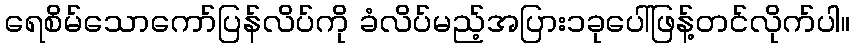
ရေစိမ်သောကော်ပြန်လိပ်ကို ခံလိပ်မည့်အပြား၁ခုပေါ်ဖြန့်တင်လိုက်ပါ။